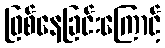
ဖြစ်နေခြင်းကြောင့်